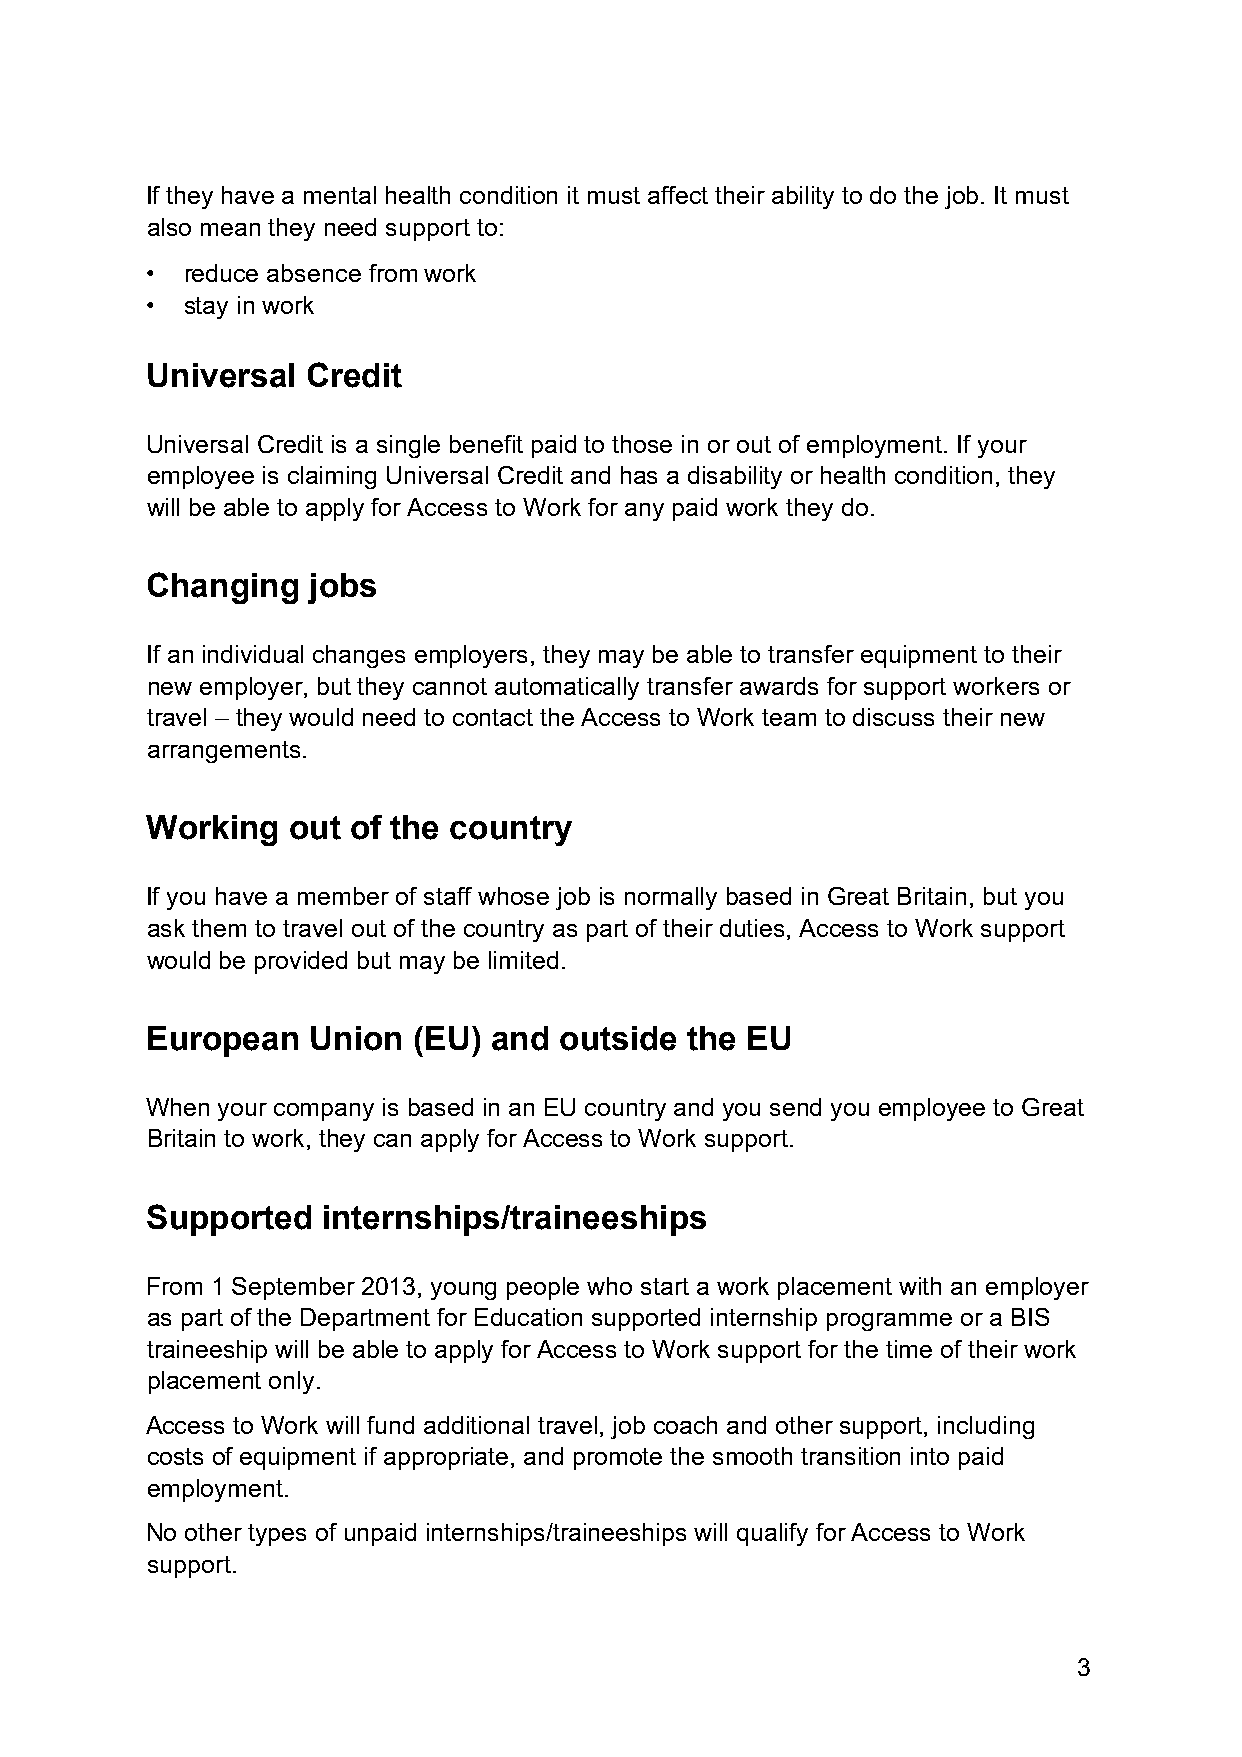
If they have a mental health condition it must affect their ability to do the job. It must
 also mean they need support to:
 • reduce absence from work
 • stay in work
 Universal Credit
 Universal Credit is a single benefit paid to those in or out of employment. If your
 employee is claiming Universal Credit and has a disability or health condition, they
 will be able to apply for Access to Work for any paid work they do.
 Changing  jobs
 If an individual changes employers, they may be able to transfer equipment to their
 new employer, but they cannot automatically transfer awards for support workers or
 travel – they would need to contact the Access to Work team to discuss their new
 arrangements.
 Working  out of the country
 If you have a member of staff whose job is normally based in Great Britain, but you
 ask them to travel out of the country as part of their duties, Access to Work support
 would be provided but may be limited.
 European  Union  (EU) and  outside the EU
 When your company is based in an EU country and you send you employee to Great
 Britain to work, they can apply for Access to Work support.
 Supported  internships/traineeships
 From 1 September 2013, young people who start a work placement with an employer
 as part of the Department for Education supported internship programme or a BIS
 traineeship will be able to apply for Access to Work support for the time of their work
 placement only.
 Access to Work will fund additional travel, job coach and other support, including
 costs of equipment if appropriate, and promote the smooth transition into paid
 employment.
 No other types of unpaid internships/traineeships will qualify for Access to Work
 support.
 3